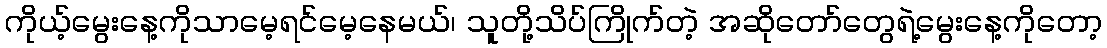
ကိုယ့်မွေးနေ့ကိုသာမေ့ရင်မေ့နေမယ်၊ သူတို့သိပ်ကြိုက်တဲ့ အဆိုတော်တွေရဲ့မွေးနေ့ကိုတော့